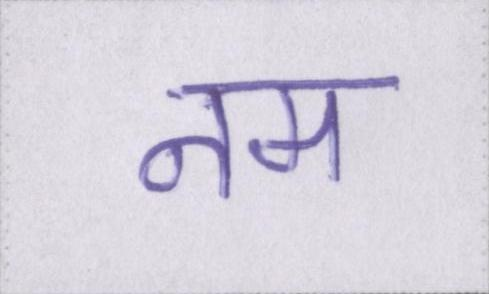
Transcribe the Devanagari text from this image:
नम